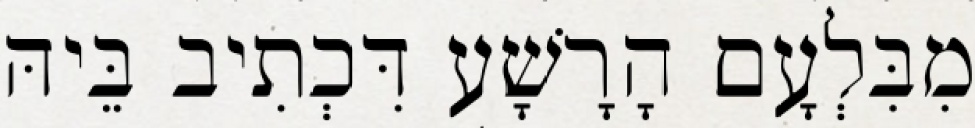
מִבִּלְעָם הָרָשָׁע דִּכְתִיב בֵּיהּ